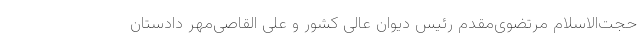
حجت‌الاسلام مرتضوی‌مقدم رئیس دیوان عالی کشور و علی القاصی‌مهر دادستان